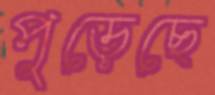
পুড়েছে